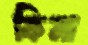
কিনা